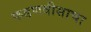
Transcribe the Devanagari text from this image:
फडणवीसाचा